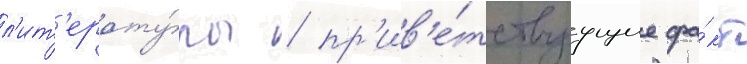
л'ит'ерату́ры / пр'ив'е́тствуущие фа́кт